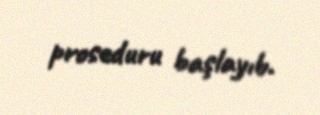
proseduru başlayıb.